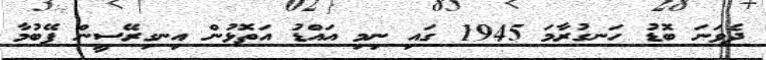
ދެވަނަ ބޮޑު ހަނގުރާމަ 1945 ގައި ނިމި އައްޑު އަތޮޅުން އިނގިރޭސީން ފޭބުމާ